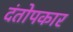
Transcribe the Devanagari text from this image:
दंतोपकार